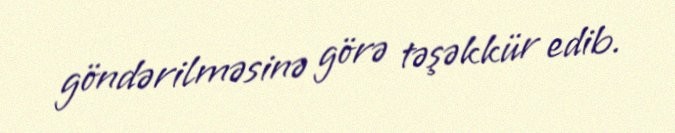
göndərilməsinə görə təşəkkür edib.